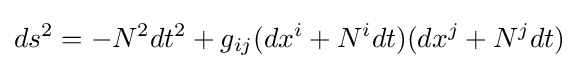
ds^{2}=-N^{2}dt^{2}+g_{ij}(dx^{i}+N^{i}dt)(dx^{j}+N^{j}dt)